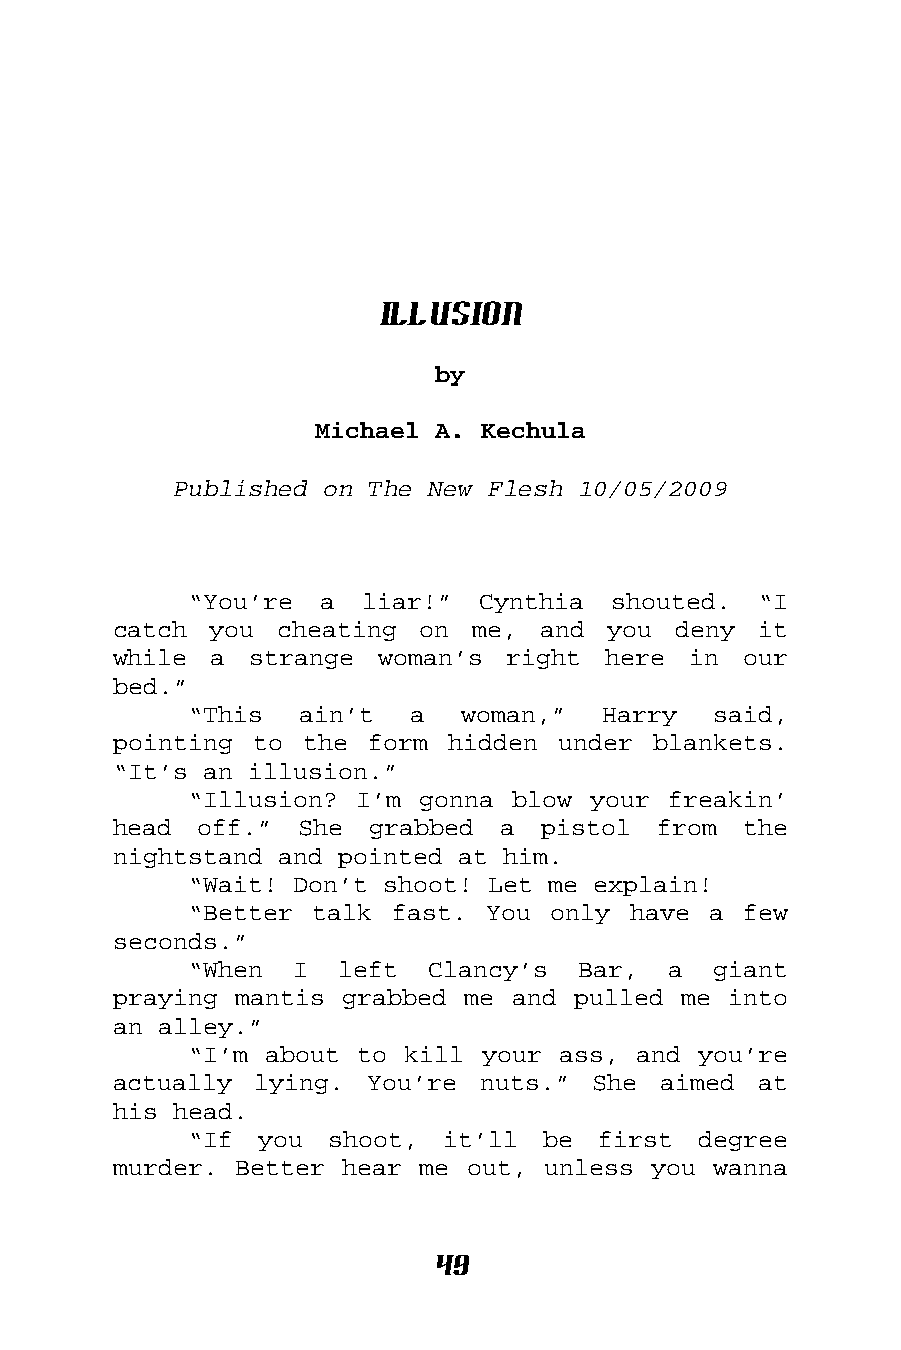
Illusion
 by
 Michael A. Kechula
 Published on The New Flesh 10/05/2009
 “You’re  a liar!”  Cynthia  shouted.  “I
 catch you  cheating on  me, and  you deny  it
 while a  strange woman’s  right here  in  our
 bed.”
 “This  ain’t   a  woman,”  Harry   said,
 pointing to the  form hidden under  blankets.
 “It’s an illusion.”
 “Illusion? I’m gonna blow your  freakin’
 head  off.” She  grabbed  a pistol  from  the
 nightstand and pointed at him.
 “Wait! Don’t shoot! Let me explain!
 “Better talk fast.  You only have a  few
 seconds.”
 “When  I  left  Clancy’s  Bar,  a  giant
 praying mantis grabbed me and pulled me  into
 an alley.”
 “I’m about to kill your ass, and  you’re
 actually lying.  You’re nuts.”  She aimed  at
 his head.
 “If you  shoot,  it’ll be  first  degree
 murder. Better hear me out, unless you  wanna
 49